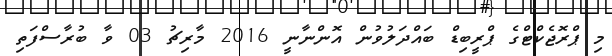
މި ޕްރޮޖެކްޓްގެ ޕްރީބިޑް ބައްދަލުވުން އޮންނާނީ 2016 މާރިޗު 03 ވާ ބުރާސްފަތި